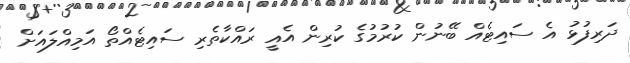
ދަރިފުޅު އެ ސައިޓެއް ބޭނުން ކުރުމުގެ ކުރިން އެއީ ރައްކާތެރި ސައިޓެއްތޯ އަމިއްލައަށް